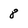
Character: 8